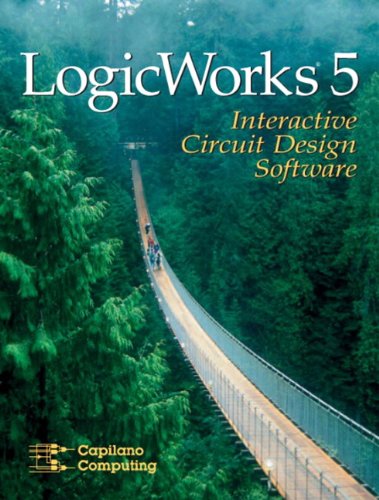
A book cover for LogicWorks 5 Interactive Software; x Capilano Computing; Computers & Technology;